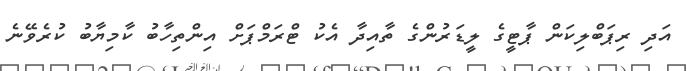
އަދި ރިޕަބްލިކަން ޕާޓީގެ ލީޑަރުންގެ ތާއިދާ އެކު ޓްރަމްޕަށް އިންތިހާބު ކާމިޔާބު ކުރެވޭނެ